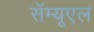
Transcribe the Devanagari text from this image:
सॅम्यूएल